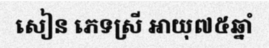
សៀន ភេទស្រី អាយុ៧៥ឆ្នាំ